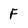
Character: F